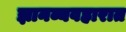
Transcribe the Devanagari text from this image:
ज्ञानव्यवहारात